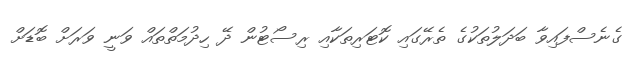
ގެނެސްފައިވާ ބަދަލުތަކުގެ ތެރޭގައި ކޮޓަރިތަކާއި ރިސޯޓުން ދޭ ހިދުމަތްތައް ވަނީ ވަރަށް ބޮޑަށް